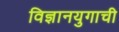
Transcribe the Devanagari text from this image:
विज्ञानयुगाची